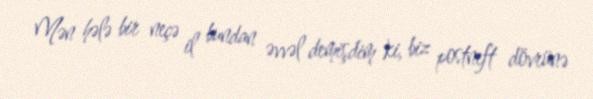
Mən hələ bir neçə il bundan əvvəl demişdim ki, biz postneft dövrünə